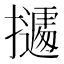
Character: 𭢾